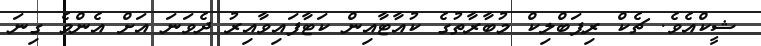
ޝީކްއެވެ. ޗެކް ރިޕަބްލިކް މުބާރާތުގެ ކުއާޓާއިން ކަޓާފައިވާއިރު ދެވަނަ އަށް އެންމެ ގިނަ